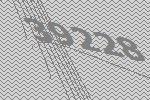
39228